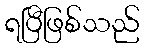
ရပြီဖြစ်သည်